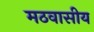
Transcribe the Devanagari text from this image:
मठवासीय